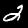
Label: 2